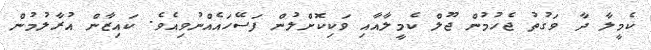
ކެމީލާ ދާ ވަގުތު ޖެހުމުން ޖޫލް ކެމީލާއާއި ވަކިކޮށްލުން ފަސޭހައެއްނުވިއެވެ. ކައިޒާން އުރާލުމުން